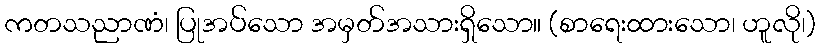
ကတသညာဏံ၊ ပြုအပ်သော အမှတ်အသားရှိသော။ (စာရေးထားသော၊ ဟူလို၊)